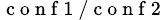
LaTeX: _\mathrm{~c~o~n~f~1~/~c~o~n~f~2~}